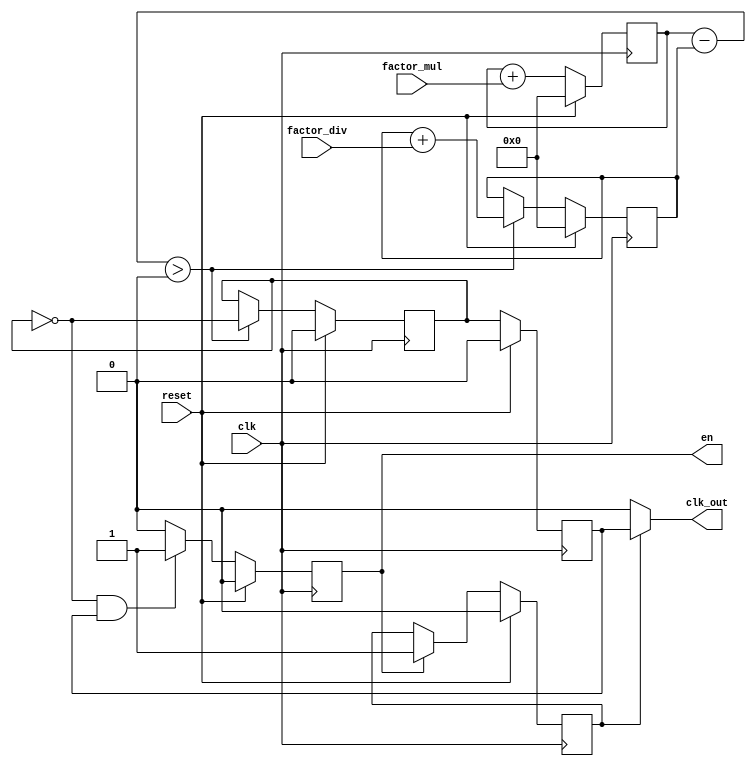
module frac_clk
  #(
    parameter COUNTER_BITS = 4
    )
  (
   input wire                           clk,
   input wire                           reset,
   input wire signed [COUNTER_BITS-1:0] factor_mul,
   input wire signed [COUNTER_BITS-1:0] factor_div,
   output wire                          clk_out,
   output reg                           en
   );

  localparam TRUE = 1'b1;
  localparam FALSE = 1'b0;
  localparam ONE = 1'd1;
  localparam ZERO = 1'd0;
  localparam SZERO = 1'sd0;

  // mul counter
  reg signed [COUNTER_BITS-1:0] counter_mul;
  always @(posedge clk)
    begin
      if (reset == TRUE)
        begin
          counter_mul <= ZERO;
        end
      else
        begin
          counter_mul <= counter_mul + factor_mul;
        end
    end

  // div counter, generate clk_out
  reg signed [COUNTER_BITS-1:0] counter_div;
  reg clk_out1;
  always @(posedge clk)
    begin
      if (reset == TRUE)
        begin
          counter_div <= ZERO;
          clk_out1 <= FALSE;
        end
      else
        begin
          if (counter_mul - counter_div > SZERO)
            begin
              counter_div <= counter_div + factor_div;
              clk_out1 <= ~clk_out1;
            end
        end
    end

  reg clk_out2;
  always @(posedge clk)
    begin
      if (reset == TRUE)
        begin
          clk_out2 <= FALSE;
        end
      else
        begin
          clk_out2 <= clk_out1;
        end
    end
  assign clk_out = start ? clk_out2 : FALSE;

  // generate en signal
  always @(posedge clk)
    begin
      if (reset == TRUE)
        begin
          en <= FALSE;
        end
      else
        begin
          if ((clk_out1 == FALSE) && (clk_out2 == TRUE))
            begin
              en <= TRUE;
            end
          else
            begin
              en <= FALSE;
            end
        end
    end

  reg start;
  always @(posedge clk)
    begin
      if (reset == TRUE)
        begin
          start <= FALSE;
        end
      else
        begin
          if (en == TRUE)
            begin
              start <= TRUE;
            end
        end
    end

endmodule